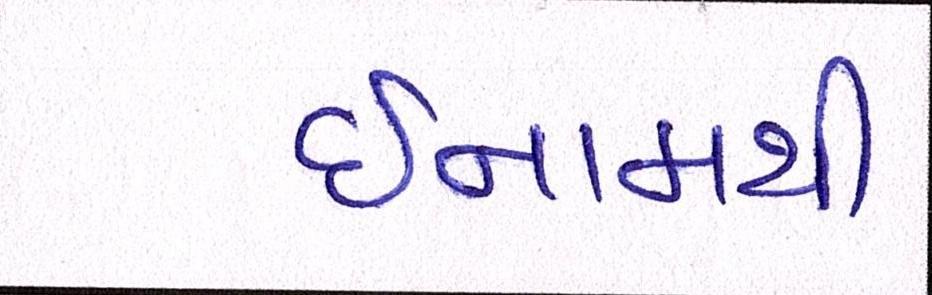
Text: ઈનામથી